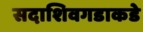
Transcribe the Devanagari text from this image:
सदाशिवगडाकडे